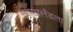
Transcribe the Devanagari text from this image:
न्यासालँडला